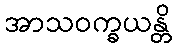
အာသဝက္ခယန္တိ